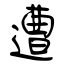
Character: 遭